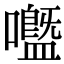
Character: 𡄊